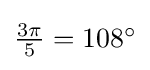
{\textstyle {\frac {3\pi }{5}}=108^{\circ }}